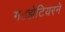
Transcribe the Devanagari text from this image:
गॕझेटियरने